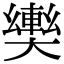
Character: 𫰀